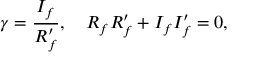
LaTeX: \gamma = \frac { I _ { f } } { R _ { f } ^ { \prime } } , \quad R _ { f } R _ { f } ^ { \prime } + I _ { f } I _ { f } ^ { \prime } = 0 ,